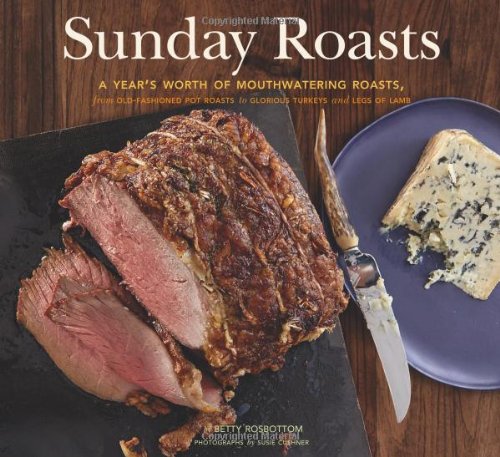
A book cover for Sunday Roasts: A Year's Worth of Mouthwatering Roasts, from Old-Fashioned Pot Roasts to Glorious Turkeys, and Legs of Lamb; Betty Rosbottom; Cookbooks, Food & Wine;